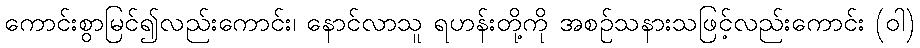
ကောင်းစွာမြင်၍လည်းကောင်း၊ နောင်လာသူ ရဟန်းတို့ကို အစဉ်သနားသဖြင့်လည်းကောင်း (ဝါ)